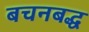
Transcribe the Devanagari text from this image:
बचनबद्ध